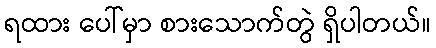
ရထား ပေါ်မှာ စားသောက်တွဲ ရှိပါတယ်။